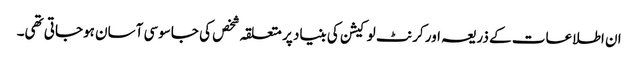
ان اطلاعات کے ذریعہ اور کرنٹ لوکیشن کی بنیاد پر متعلقہ شخص کی جاسوسی آسان ہوجاتی تھی۔